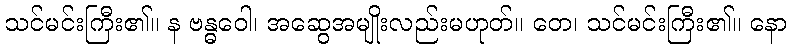
သင်မင်းကြီး၏။ န ဗန္ဓဝေါ၊ အဆွေအမျိုးလည်းမဟုတ်။ တေ၊ သင်မင်းကြီး၏။ နော